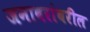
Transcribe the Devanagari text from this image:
जनावरांवरील